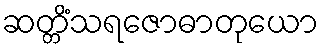
ဆတ္တိံသရဇောဓာတုယော